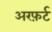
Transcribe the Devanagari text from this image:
अरफ़र्ट